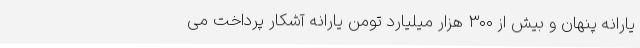
یارانه پنهان و بیش از ۳۰۰ هزار میلیارد تومن یارانه آشکار پرداخت می